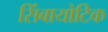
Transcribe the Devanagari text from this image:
सिंबायोटिक